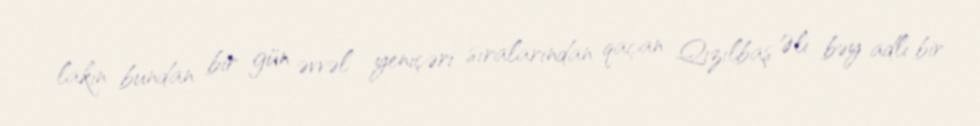
lakin bundan bir gün əvvəl yeniçəri sıralarından qaçan Qızılbaş Əli bəy adlı bir